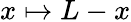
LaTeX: x\mapsto L-x